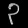
Digit: ၃